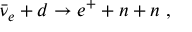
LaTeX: \bar { \nu } _ { e } + d \rightarrow e ^ { + } + n + n ~ ,